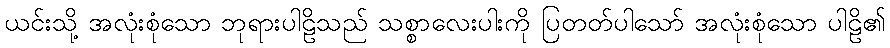
ယင်းသို့ အလုံးစုံသော ဘုရားပါဠိသည် သစ္စာလေးပါးကို ပြတတ်ပါသော် အလုံးစုံသော ပါဠိ၏